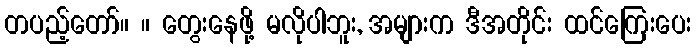
တပည့်တော်။ ။ တွေးနေဖို့ မလိုပါဘူး, အများက ဒီအတိုင်း ထင်ကြေးပေး